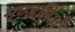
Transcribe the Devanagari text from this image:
मण्डलियाँ